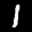
Label: 1